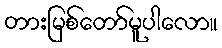
တားမြစ်တော်မူပါလော။